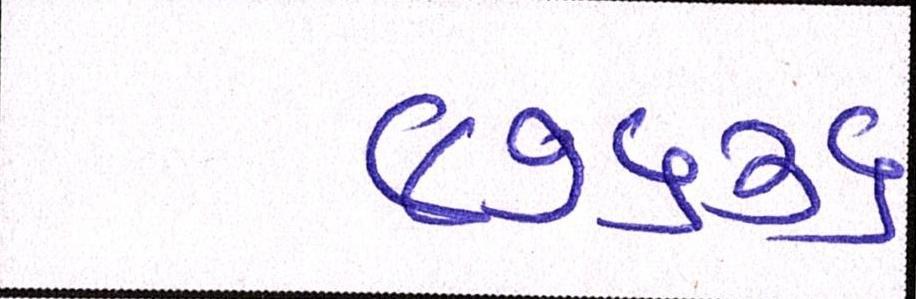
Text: ૯૭૬૩૬